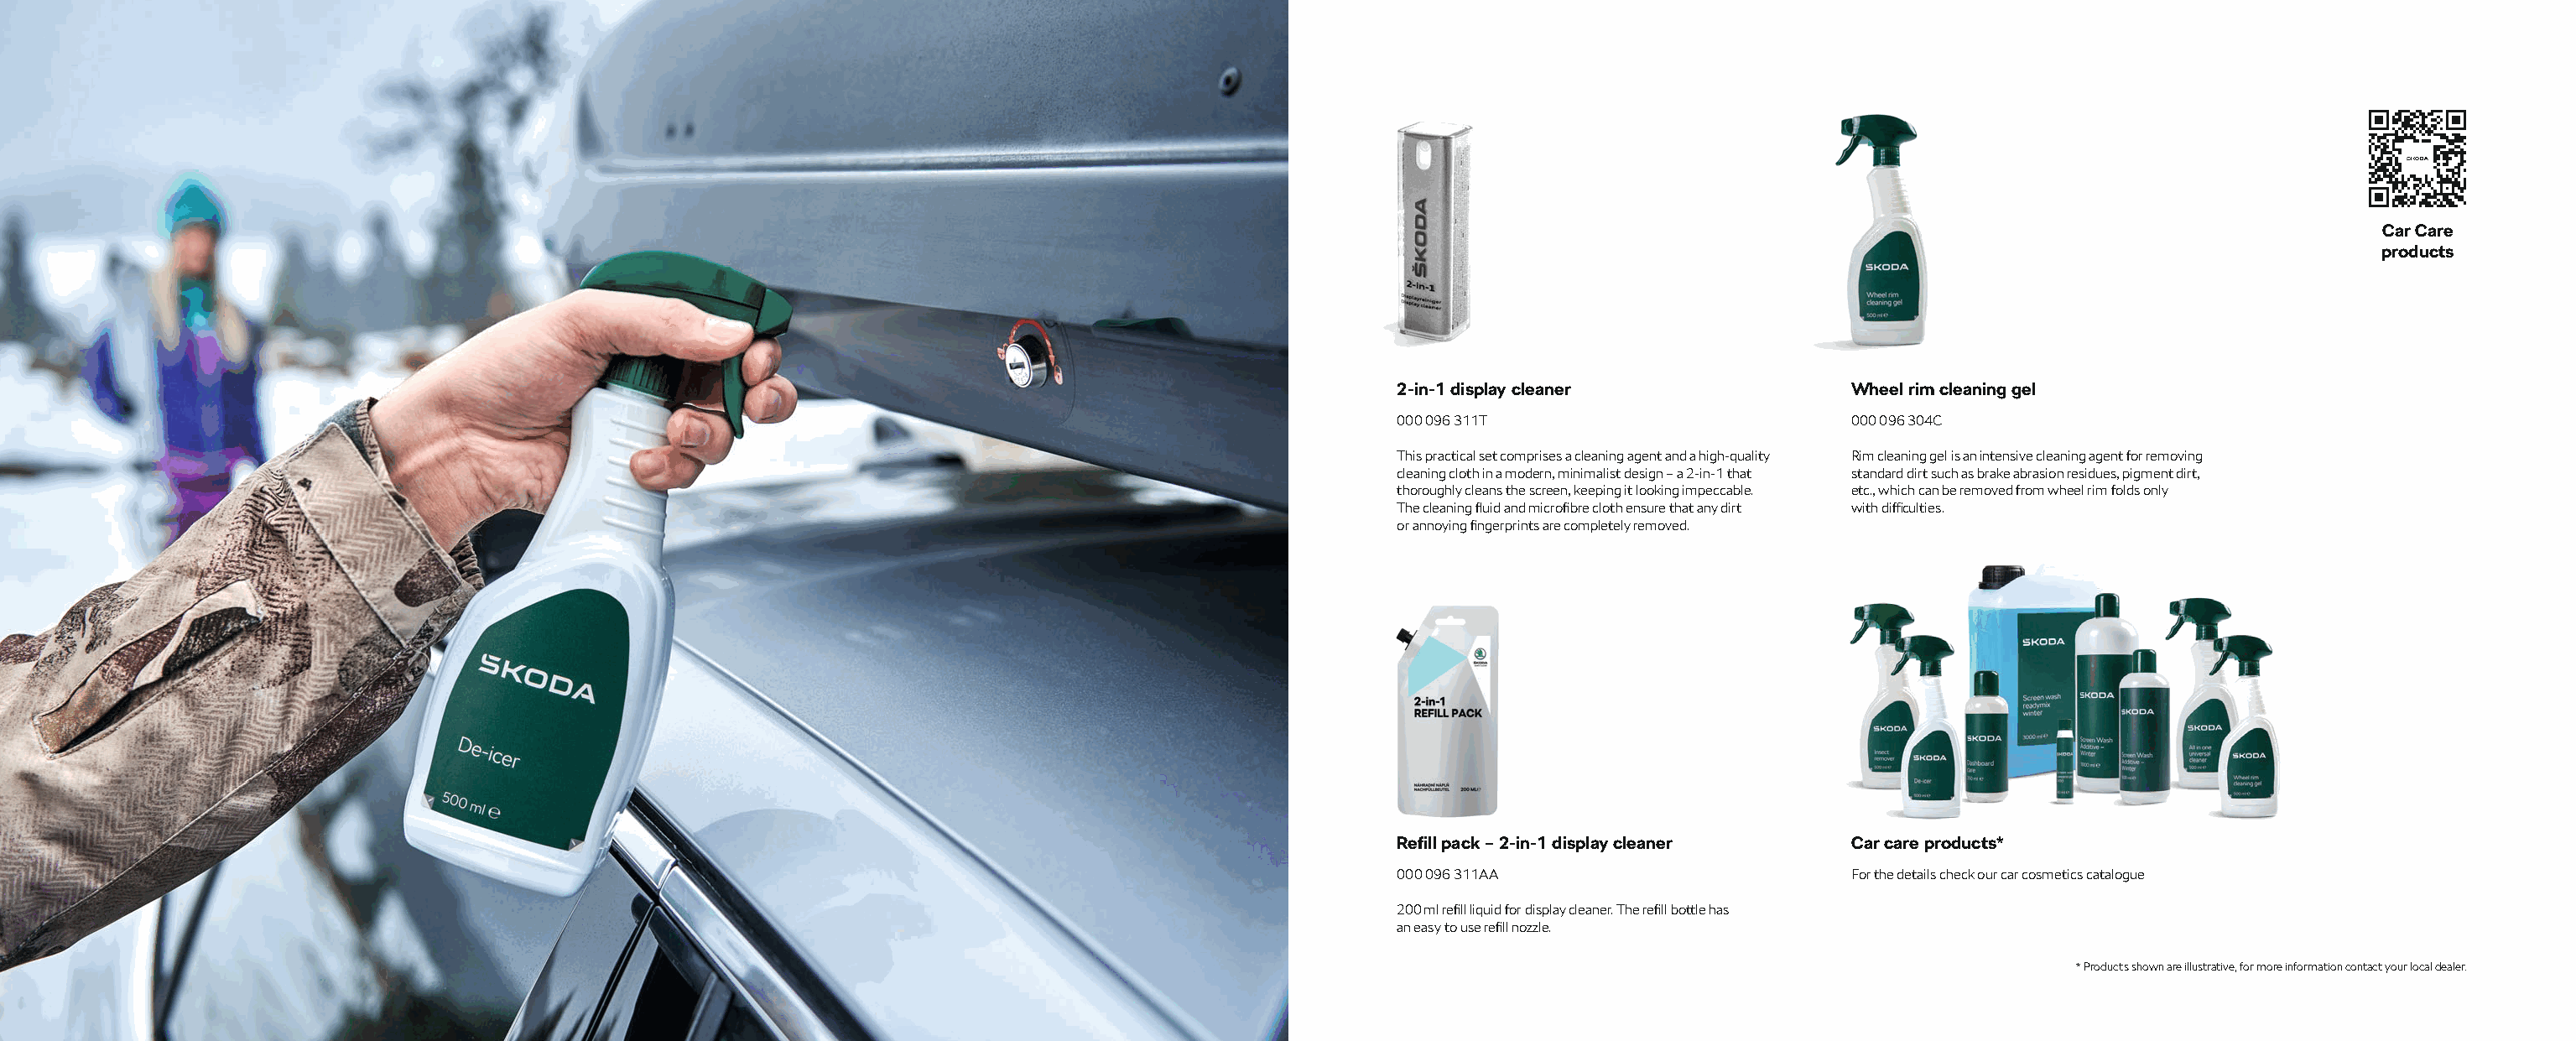
Car Care
 products
 2-in-1 display cleaner              Wheel rim cleaning gel
 000 096 311T                        000 096 304C
 This practical set comprises a cleaning agent and a high-quality Rim cleaning gel is an intensive cleaning agent for removing
 cleaning cloth in a modern, minimalist design – a 2-in-1 that standard dirt such as brake abrasion residues, pigment dirt,
 thoroughly cleans the screen, keeping it looking impeccable. etc., which can be removed from wheel rim folds only
 The cleaning fl uid and microfi bre cloth ensure that any dirt with diffi culties.
 or annoying fi ngerprints are completely removed.
 Refi ll pack – 2-in-1 display cleaner Car care products*
 000 096 311AA                       For the details check our car cosmetics catalogue
 200 ml refi ll liquid for display cleaner. The refi ll bottle has
 an easy to use refi ll nozzle.
 * Products shown are illustrative, for more information contact your local dealer.